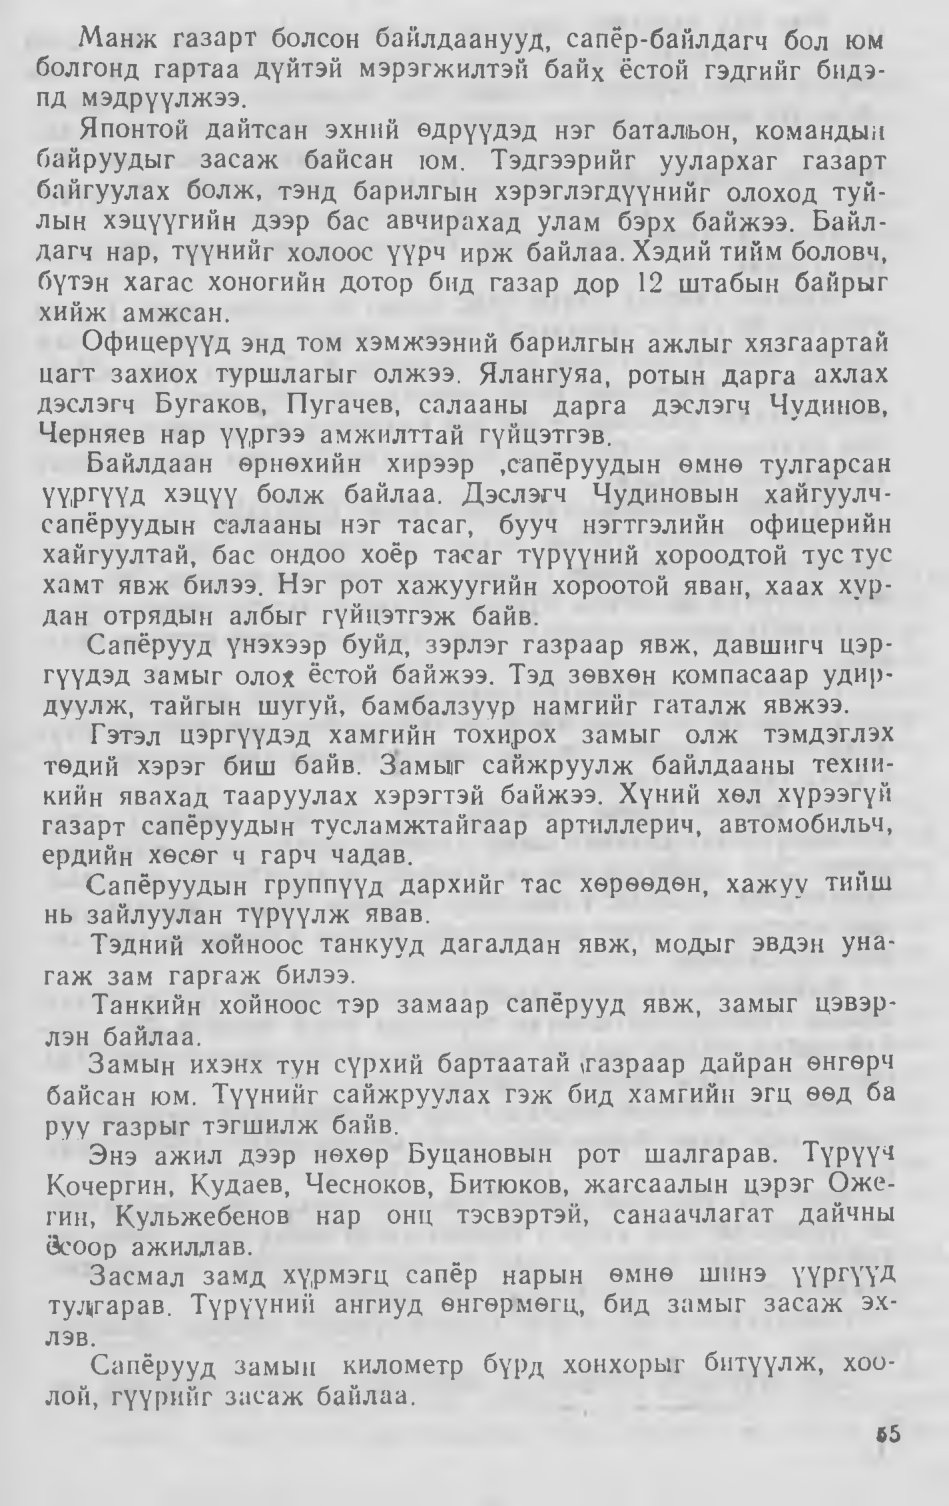
Language: mn